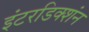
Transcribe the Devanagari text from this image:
इंटरडिक्शंन